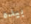
بيده